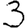
Digit: 3